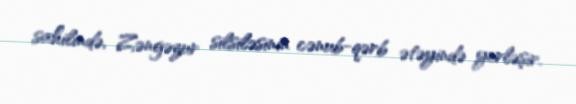
sahilində, Zəngəzur silsiləsinin cənub-qərb ətəyində yerləşir.